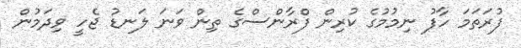
ފުރަތަމަ ހާފު ނިމުމުގެ ކުރިން ފްރާންސްގެ ތިން ވަނަ ލަނޑު ޖެހީ ވިދަމުން